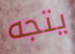
يتجه